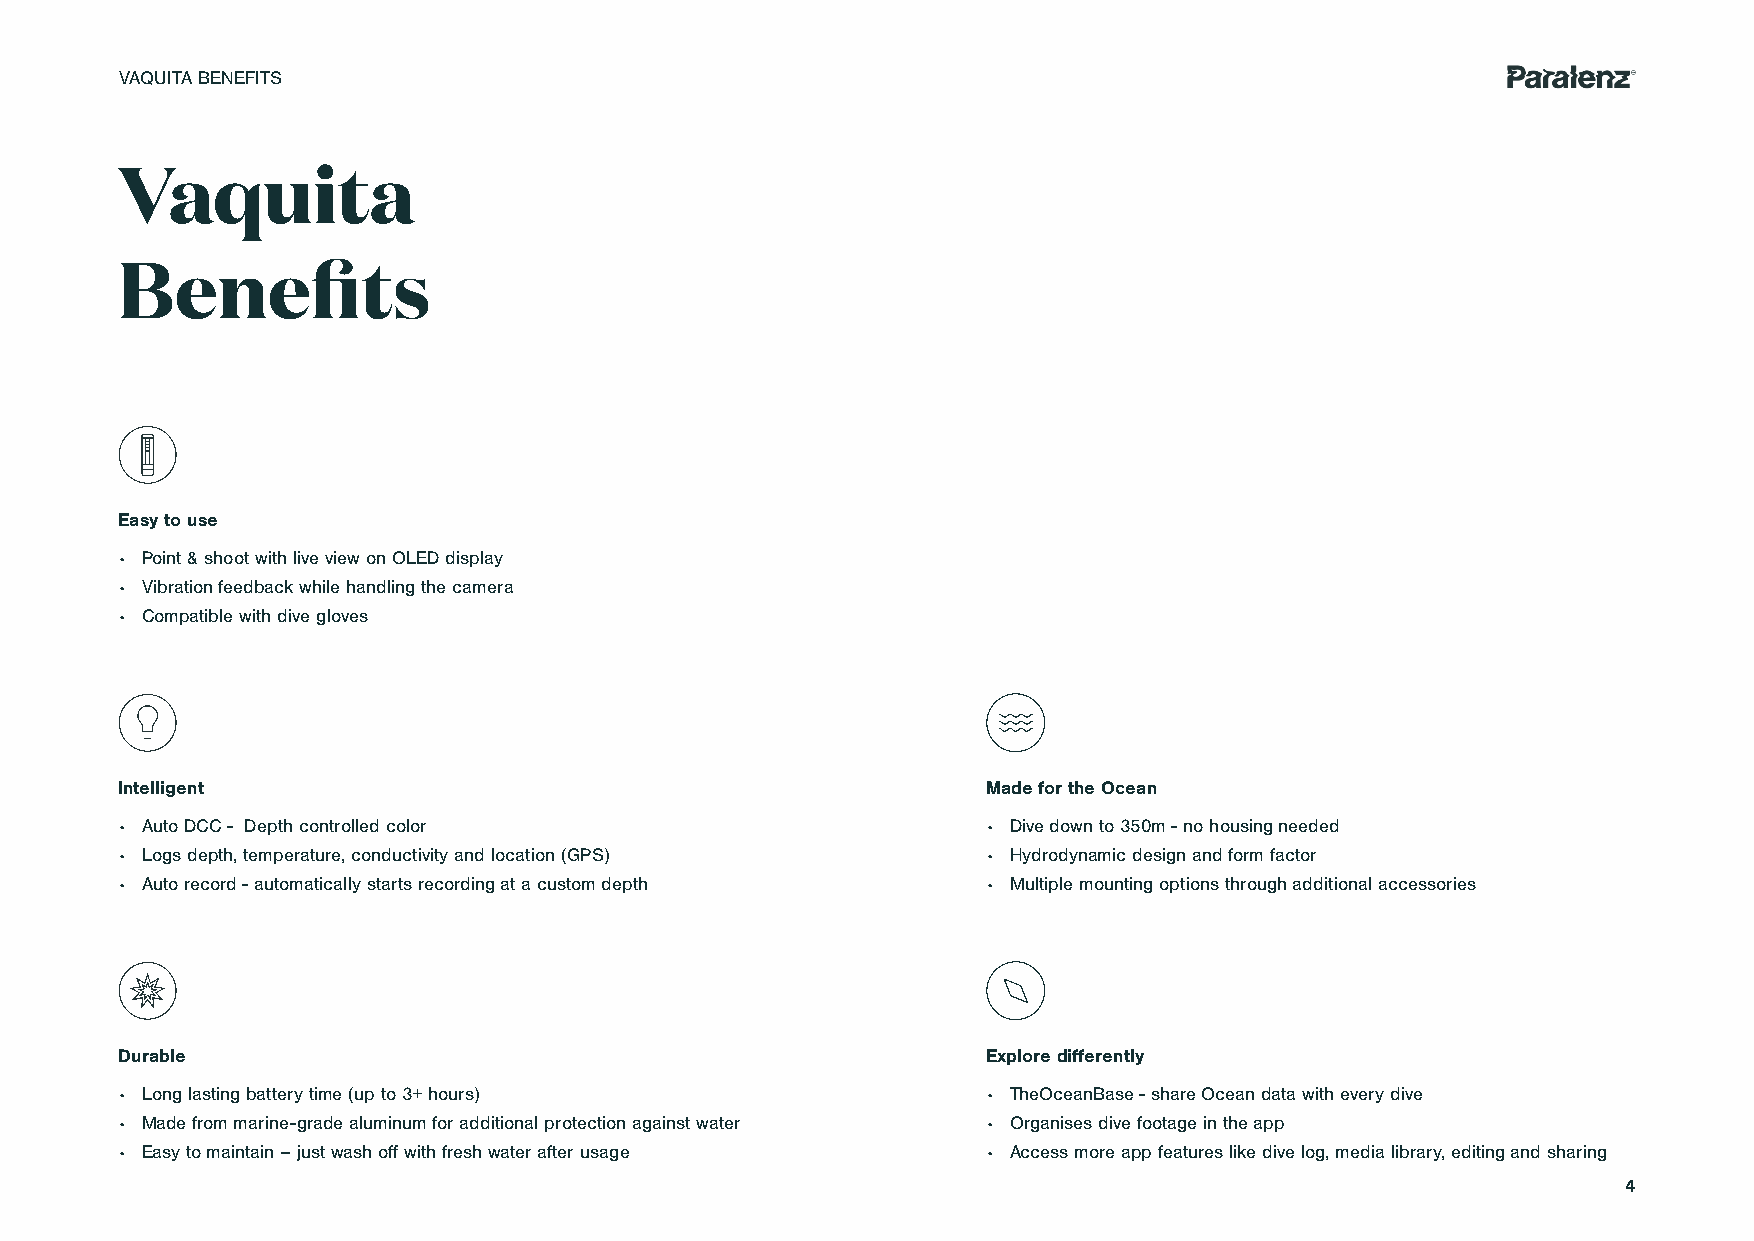
VAQUITA BENEFITS
 Vaquita
 Benefits
 Easy to use
 • Point & shoot with live view on OLED display
 • Vibration feedback while handling the camera
 • Compatible with dive gloves
 Intelligent                                              Made for the Ocean
 • Auto DCC - Depth controlled color                      • Dive down to 350m - no housing needed
 • Logs depth, temperature, conductivity and location (GPS) • Hydrodynamic design and form factor
 • Auto record - automatically starts recording at a custom depth • Multiple mounting options through additional accessories
 Durable                                                  Explore differently
 • Long lasting battery time (up to 3+ hours)             • TheOceanBase - share Ocean data with every dive
 • Made from marine-grade aluminum for additional protection against water • Organises dive footage in the app
 • Easy to maintain – just wash off with fresh water after usage • Access more app features like dive log, media library, editing and sharing
 4